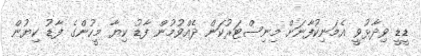
ޑީޑީ ވިދާޅުވީ އެމަނިކުފާނަށް މިނިސްޓަރުކަން ދެއްވުމުން ފާޑު ކިޔާ މީހުންގެ ފާޑު ކިޔުން